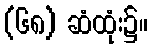
(၆၈) ဆံထုံး၌။